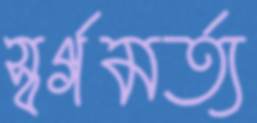
স্বর্গমর্ত্য